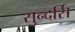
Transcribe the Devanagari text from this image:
सुन्दर्सि